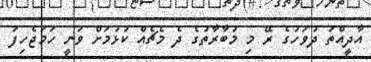
އާދީއްތަ ދުވަހުގެ ރޭ މި މުބާރާތުގެ ދެ މެޗެއް ކުޅުމަށް ވަނީ ހަމަޖެހިފަ